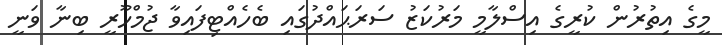
މީގެ އިތުރުން ކުރީގެ އިސްލާމީ މަރުކަޒު ސަރަޙައްދުގައި ބެހެއްޓިފައިވާ ޖުމްހޫރީ ބިނާ ވަނީ